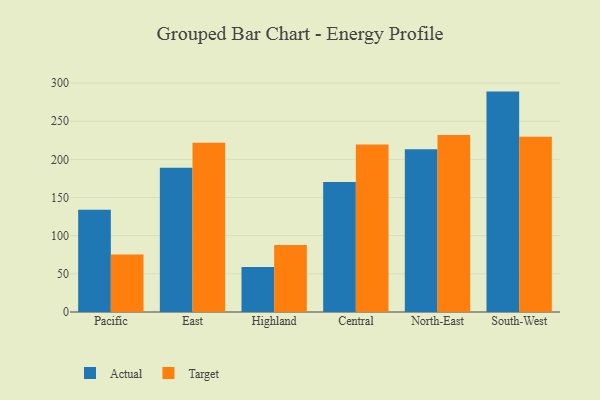
{"axis": {"x": "Region", "y": "Energy Usage (MWh)"}, "legend": ["Actual", "Target"], "data": [{"x": "Pacific", "y": 134.1, "type": "Actual"}, {"x": "Pacific", "y": 75.2, "type": "Target"}, {"x": "East", "y": 189.0, "type": "Actual"}, {"x": "East", "y": 221.9, "type": "Target"}, {"x": "Highland", "y": 59.1, "type": "Actual"}, {"x": "Highland", "y": 87.9, "type": "Target"}, {"x": "Central", "y": 170.3, "type": "Actual"}, {"x": "Central", "y": 219.6, "type": "Target"}, {"x": "North-East", "y": 213.1, "type": "Actual"}, {"x": "North-East", "y": 232.0, "type": "Target"}, {"x": "South-West", "y": 288.8, "type": "Actual"}, {"x": "South-West", "y": 229.7, "type": "Target"}]}